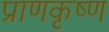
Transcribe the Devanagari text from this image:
प्राणकृष्ण